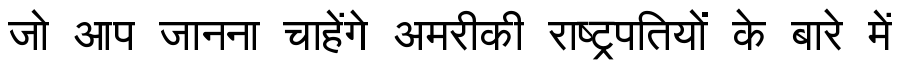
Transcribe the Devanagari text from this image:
जो आप जानना चाहेंगे अमरीकी राष्ट्रपतियों के बारे में